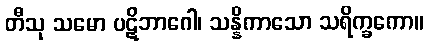
တီသု သမော ပဋိဘာဂေါ၊ သန္နိကာသော သရိက္ခကော။